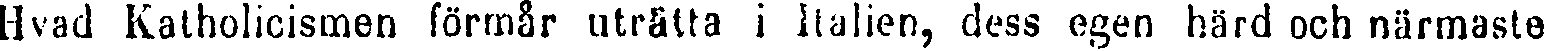
Hvad Katholicismen förmår uträtta i Italien, dess egen hård och närmasta